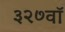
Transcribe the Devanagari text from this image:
३२७वॉ